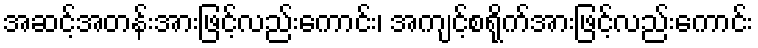
အဆင့်အတန်းအားဖြင့်လည်းကောင်း၊ အကျင့်စရိုက်အားဖြင့်လည်းကောင်း